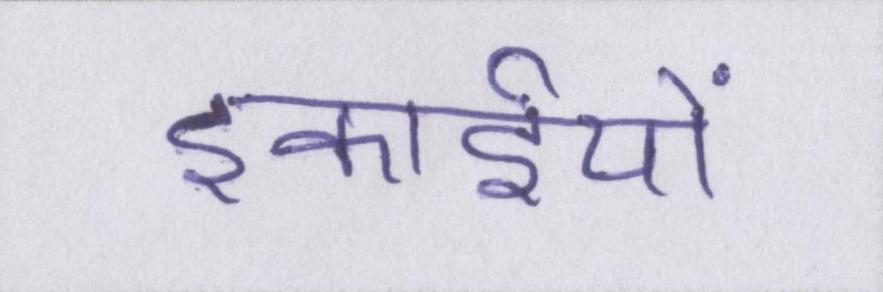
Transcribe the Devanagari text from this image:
इकाईयों